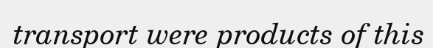
transport were products of this